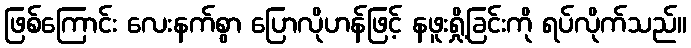
ဖြစ်ကြောင်း လေးနက်စွာ ပြောလိုဟန်ဖြင့် နဖူးရှို့ခြင်းကို ရပ်လိုက်သည်။